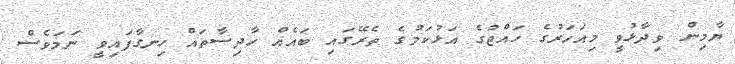
ޔާމިން ވިދާޅުވީ މިއަހަރުގެ ހައްޖުގެ އަޅުކަމުގެ ތެރޭގައި ބައެއް ހާދިސާތައް ހިނގާފައިވީ ނަމަވެސް